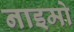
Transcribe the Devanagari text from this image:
नाइमो